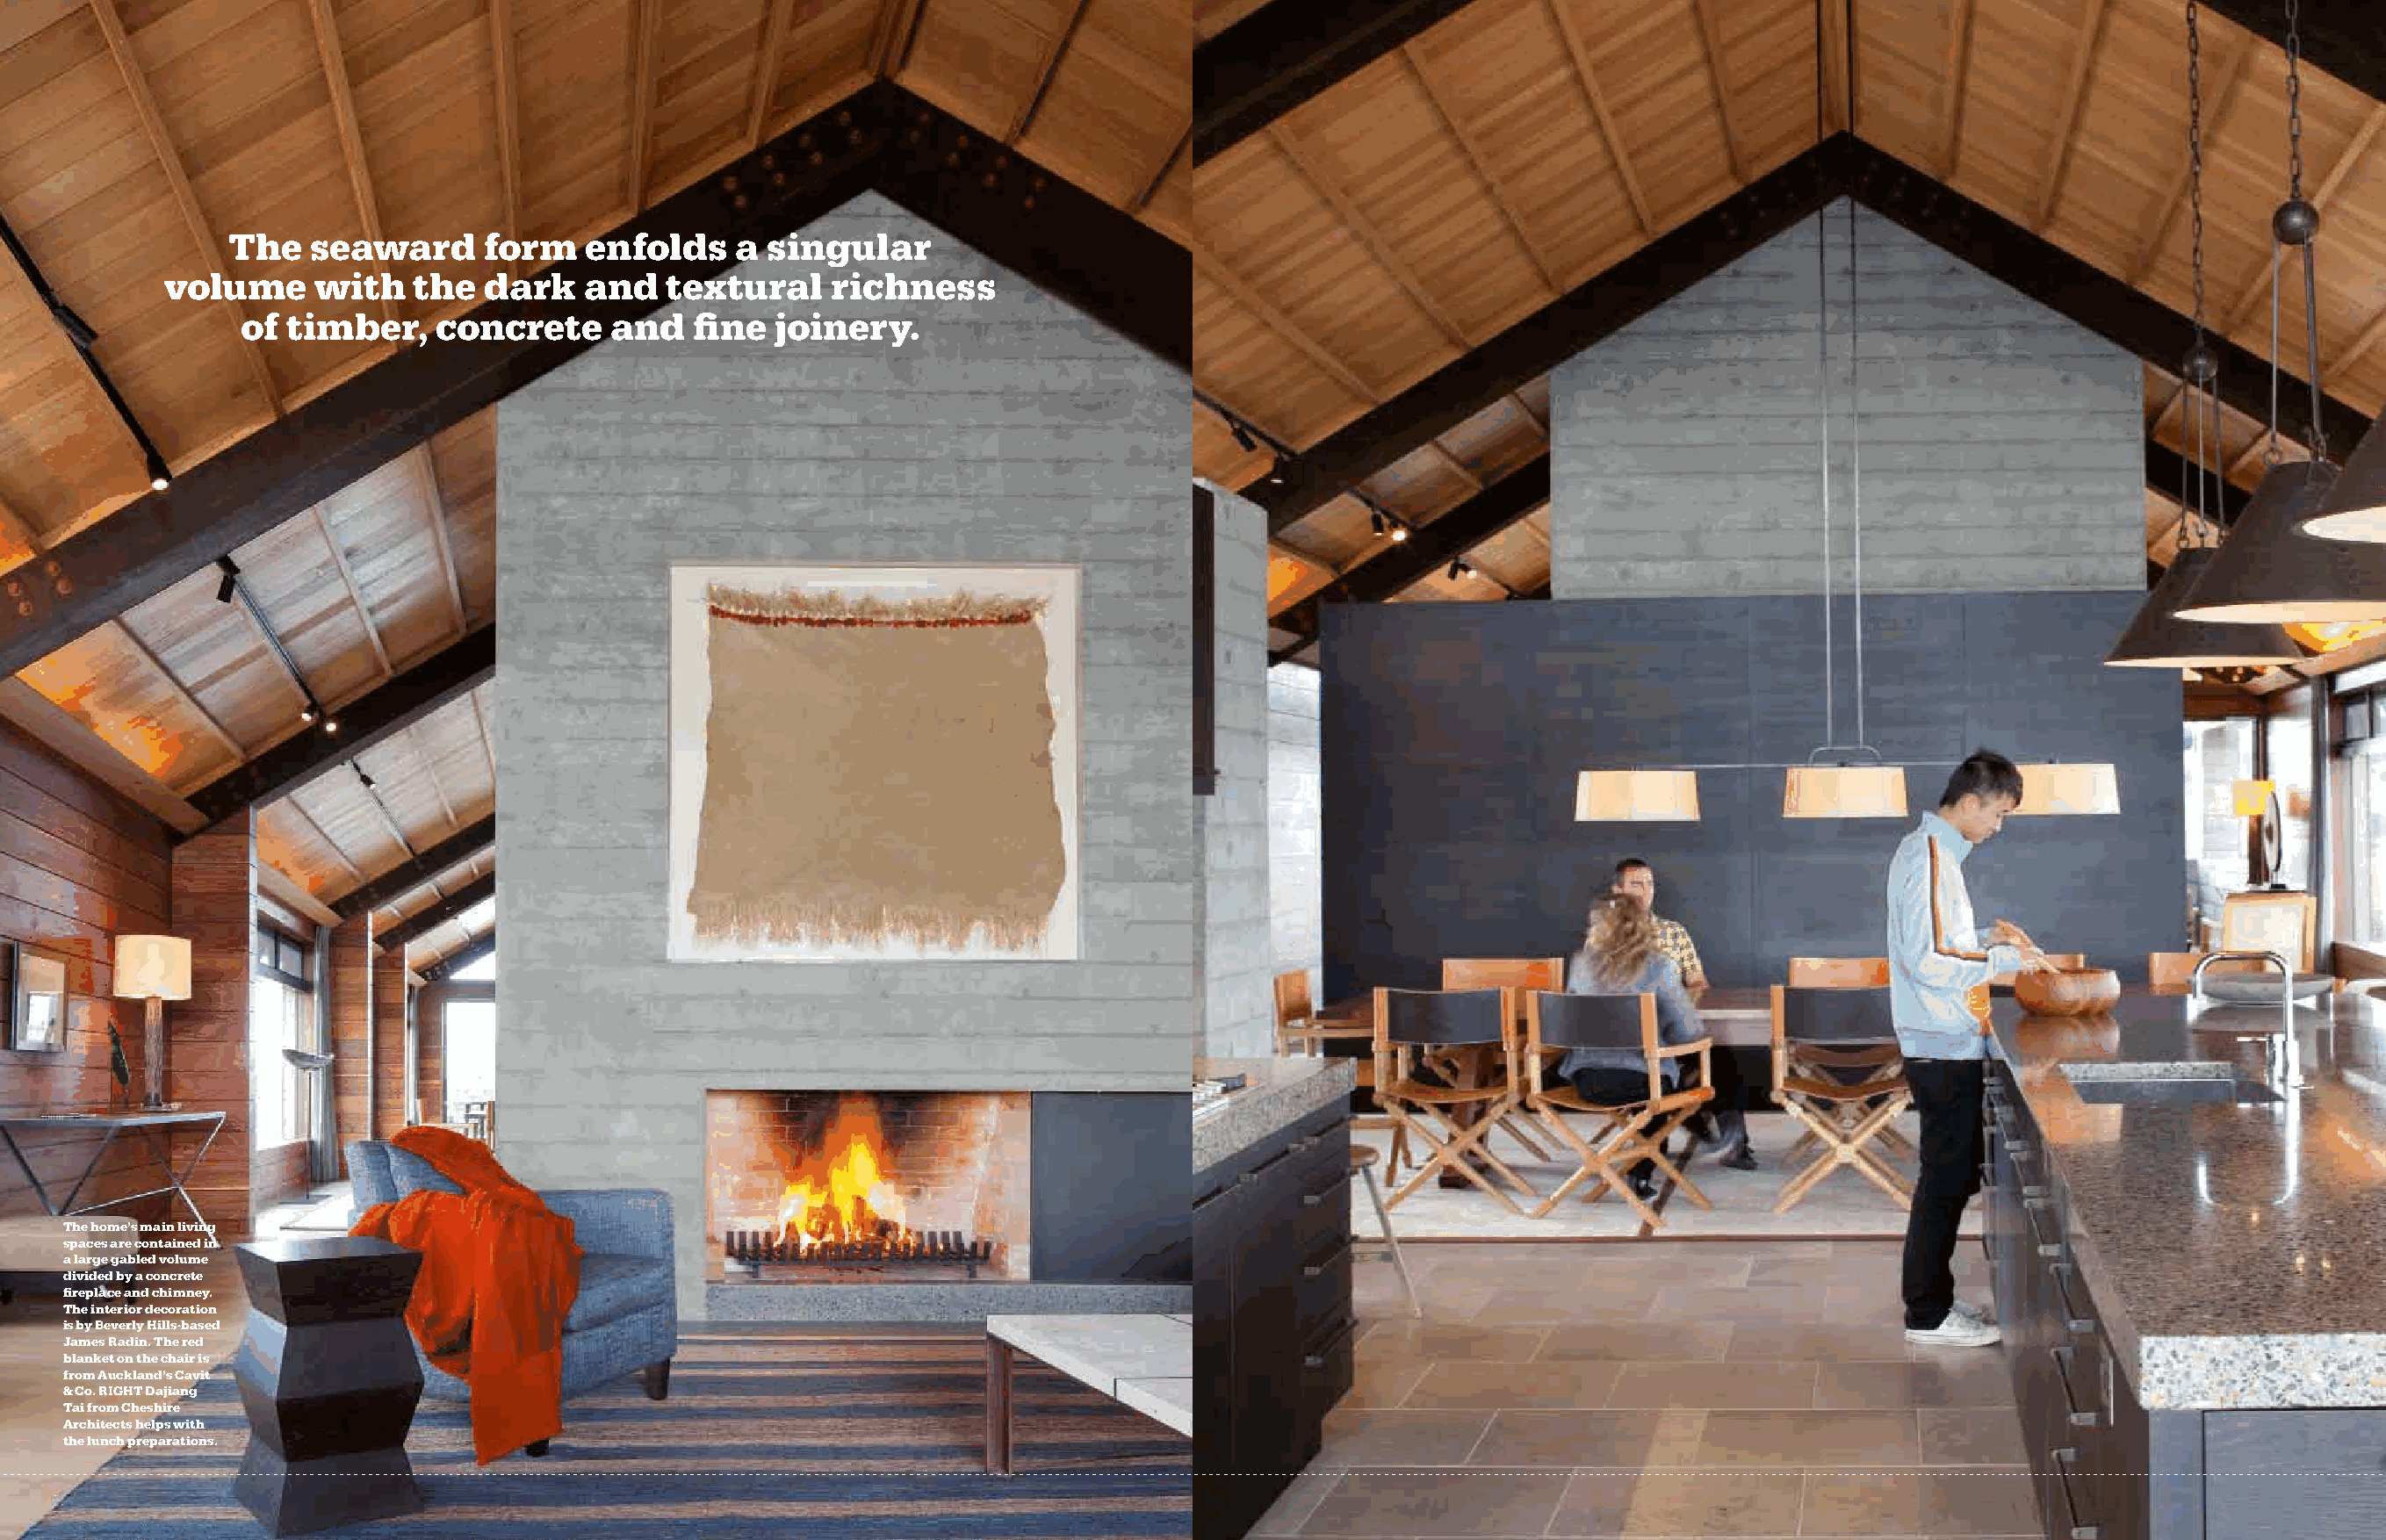
The   seaward      form    enfolds    a  singular
 volume      with   the   dark   and   textural     richness
 of  timber,    concrete     and   fine  joinery.
 The home’s main living
 spaces are contained in
 a large gabled volume
 divided by a concrete
 fireplace and chimney.
 The interior decoration
 is by Beverly hills-based
 James Radin. The red
 It non ea feui tatum do
 blanket on the chair is
 conum dunt amconse
 from auckland’s Cavit
 quamet nulpute tatisi.
 & Co. RIGhT Dajiang
 atuerat acipis augueros
 Tai from Cheshire
 ero exercid uissequis
 architects helps with
 augait utatio consed
 the lunch preparations.
 dolorem vel ero ea adit,
 vel utpat. Ut utem nulput
 alit ad modolore et at
 illutat. Put